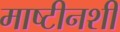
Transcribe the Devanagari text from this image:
माष्टीनशी